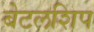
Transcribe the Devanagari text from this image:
बेटलशिप